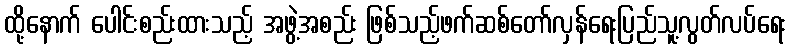
ထို့နောက် ပေါင်းစည်းထားသည့် အဖွဲ့အစည်း ဖြစ်သည့်ဖက်ဆစ်တော်လှန်ရေးပြည်သူ့လွတ်လပ်ရေး